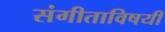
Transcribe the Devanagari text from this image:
संगीताविषयी